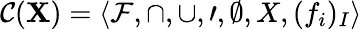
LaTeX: {\mathcal{C}}(\mathbf{X})=\langle{\mathcal{F}},\cap,\cup,\prime,\emptyset,X,(f_{i})_{I}\rangle